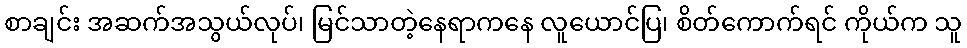
စာချင်း အဆက်အသွယ်လုပ်၊ မြင်သာတဲ့နေရာကနေ လူယောင်ပြ၊ စိတ်ကောက်ရင် ကိုယ်က သူ